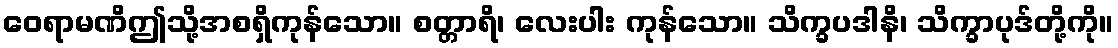
ဝေရာမဏိဤသို့အစရှိကုန်သော။ စတ္တာရိ၊ လေးပါး ကုန်သော။ သိက္ခပဒါနိ၊ သိက္ခာပုဒ်တို့ကို။